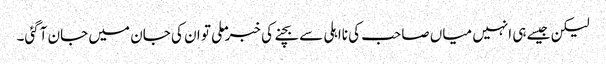
لیکن جیسے ہی انہیں میاں صاحب کی نااہلی سے بچنے کی خبر ملی تو ان کی جان میں جان آگئی۔